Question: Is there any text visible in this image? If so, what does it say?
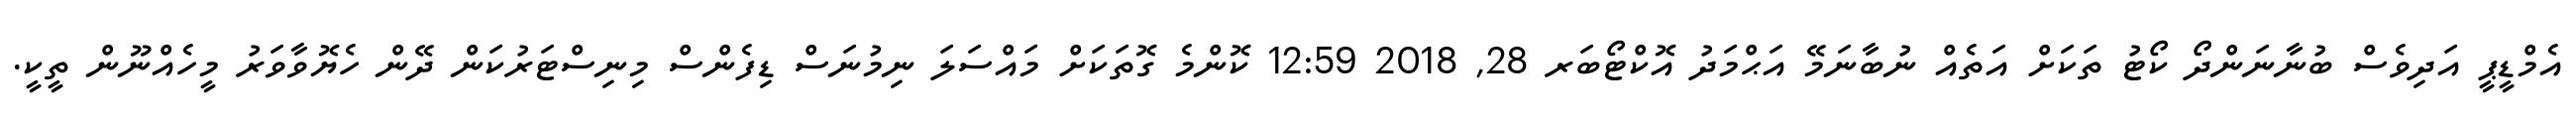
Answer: އެމްޑީޕީ އަދިވެސް ބުނާނަންދޯ ކޯޓު ތަކަށް އަތެއް ނުބާނަމޭ އަޙްމަދު އޮކްޓޯބަރ 28, 2018 12:59 ކޮންމެ ގޮތަކަށް މައްސަލަ ނިމުނަސް ޑިފެންސް މިނިސްޓަރުކަން ދޭން ހެޔޮވާވަރު މީހެއްނޫން ތީކީ.